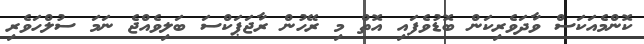
ކޮންމެއަކަސް ވާދަވެރިކަން ބޮޑުވެފައި އޮތް މި ރޭހުން ރާޖަޕަކްސަ ބަލިވެއްޖެ ނަމަ ސުލްހަވެރި